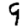
Digit: 9